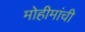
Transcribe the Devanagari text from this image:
मोहीमांची